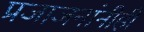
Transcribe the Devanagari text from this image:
प्रजाजनांनीही